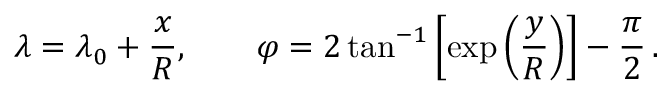
\lambda = \lambda _ { 0 } + { \frac { x } { R } } , \qquad \varphi = 2 \tan ^ { - 1 } \left[ \exp \left( { \frac { y } { R } } \right) \right] - { \frac { \pi } { 2 } } \, .